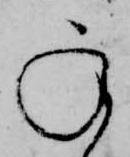
承